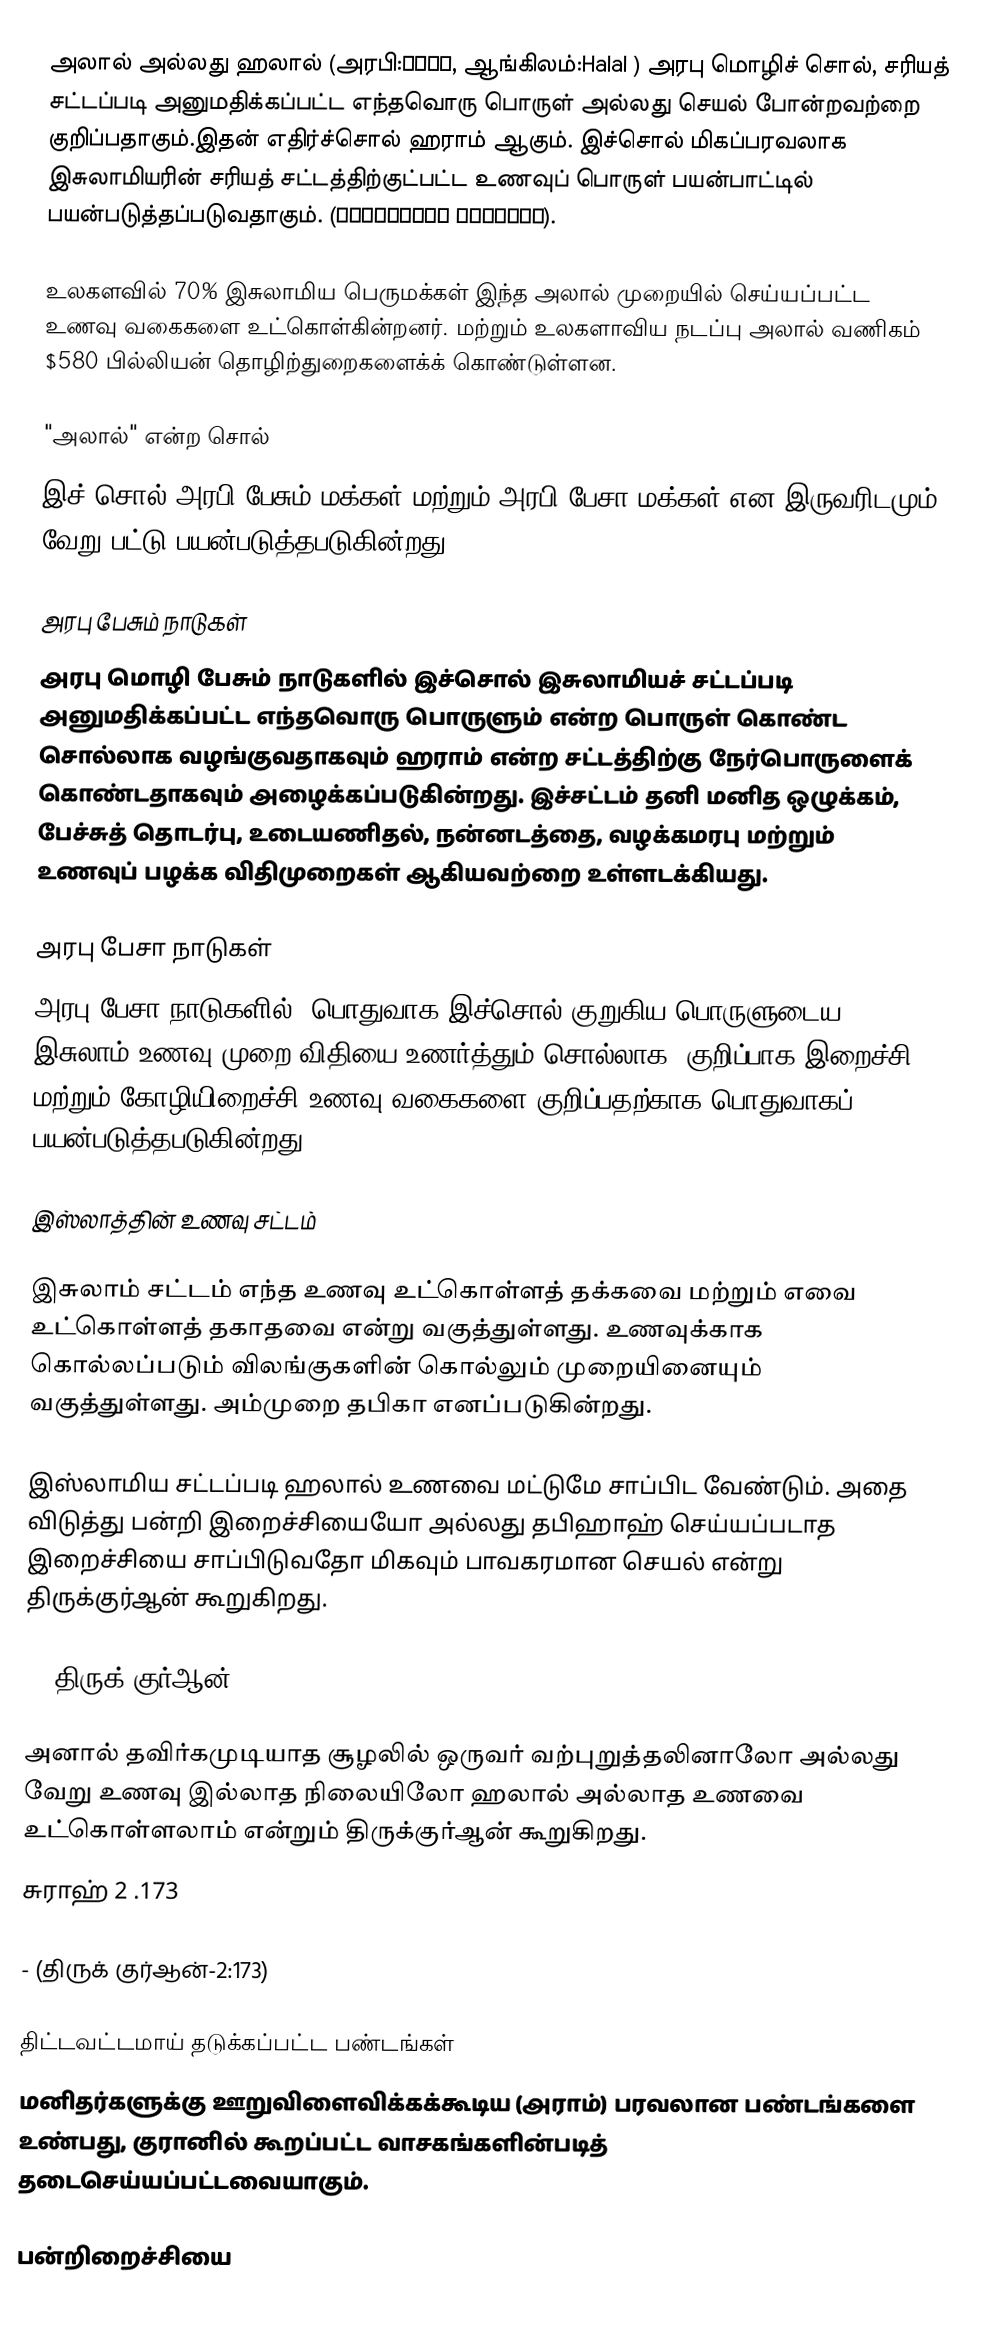
அலால் அல்லது ஹலால் (அரபி:حلال, ஆங்கிலம்:Halal ) அரபு மொழிச் சொல், சரியத் சட்டப்படி அனுமதிக்கப்பட்ட எந்தவொரு பொருள் அல்லது செயல் போன்றவற்றை குறிப்பதாகும்.இதன் எதிர்ச்சொல் ஹராம் ஆகும். இச்சொல் மிகப்பரவலாக இசுலாமியரின் சரியத் சட்டத்திற்குட்பட்ட உணவுப் பொருள் பயன்பாட்டில் பயன்படுத்தப்படுவதாகும். (الشريعة الإسلامية).

உலகளவில் 70% இசுலாமிய பெருமக்கள் இந்த அலால் முறையில் செய்யப்பட்ட உணவு வகைகளை உட்கொள்கின்றனர். மற்றும் உலகளாவிய நடப்பு அலால் வணிகம் $580 பில்லியன் தொழிற்துறைகளைக்க் கொண்டுள்ளன.

"அலால்" என்ற சொல்
இச் சொல் அரபி பேசும் மக்கள் மற்றும் அரபி பேசா மக்கள் என இருவரிடமும் வேறு பட்டு பயன்படுத்தபடுகின்றது.

அரபு பேசும் நாடுகள்
அரபு மொழி பேசும் நாடுகளில் இச்சொல் இசுலாமியச் சட்டப்படி அனுமதிக்கப்பட்ட எந்தவொரு பொருளும் என்ற பொருள் கொண்ட சொல்லாக வழங்குவதாகவும் ஹராம் என்ற சட்டத்திற்கு நேர்பொருளைக் கொண்டதாகவும் அழைக்கப்படுகின்றது. இச்சட்டம் தனி மனித ஒழுக்கம், பேச்சுத் தொடர்பு, உடையணிதல், நன்னடத்தை, வழக்கமரபு மற்றும் உணவுப் பழக்க விதிமுறைகள் ஆகியவற்றை உள்ளடக்கியது.

அரபு பேசா நாடுகள்
அரபு பேசா நாடுகளில், பொதுவாக இச்சொல் குறுகிய பொருளுடைய இசுலாம் உணவு முறை விதியை உணர்த்தும் சொல்லாக, குறிப்பாக இறைச்சி மற்றும் கோழியிறைச்சி  உணவு வகைகளை குறிப்பதற்காக பொதுவாகப் பயன்படுத்தபடுகின்றது.

இஸ்லாத்தின் உணவு சட்டம்

இசுலாம் சட்டம் எந்த உணவு உட்கொள்ளத் தக்கவை மற்றும் எவை உட்கொள்ளத் தகாதவை என்று வகுத்துள்ளது. உணவுக்காக கொல்லப்படும் விலங்குகளின் கொல்லும் முறையினையும் வகுத்துள்ளது. அம்முறை தபிகா எனப்படுகின்றது.

இஸ்லாமிய சட்டப்படி ஹலால் உணவை மட்டுமே சாப்பிட வேண்டும். அதை விடுத்து பன்றி இறைச்சியையோ அல்லது தபிஹாஹ்  செய்யப்படாத இறைச்சியை சாப்பிடுவதோ மிகவும் பாவகரமான செயல் என்று திருக்குர்ஆன் கூறுகிறது.

 - (திருக் குர்ஆன்-2:174)

அனால் தவிர்கமுடியாத சூழலில் ஒருவர் வற்புறுத்தலினாலோ அல்லது வேறு உணவு இல்லாத நிலையிலோ ஹலால் அல்லாத உணவை உட்கொள்ளலாம் என்றும் திருக்குர்ஆன் கூறுகிறது.
சுராஹ் 2 .173

 - (திருக் குர்ஆன்-2:173)

திட்டவட்டமாய் தடுக்கப்பட்ட பண்டங்கள்
மனிதர்களுக்கு ஊறுவிளைவிக்கக்கூடிய (அராம்) பரவலான பண்டங்களை உண்பது, குரானில் கூறப்பட்ட வாசகங்களின்படித் தடைசெய்யப்பட்டவையாகும்.

 பன்றிறைச்சியை